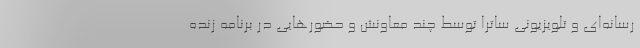
رسانه‌ای و تلویزیونی ساترا توسط چند معاونش و حضورهایی در برنامه زنده